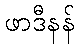
ဖာဒီနန်